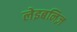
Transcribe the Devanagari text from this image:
लेइबनिज़